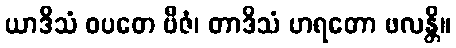
ယာဒိသံ ဝပတေ ဗီဇံ၊ တာဒိသံ ဟရတော ဖလန္တိ။